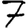
Digit: 7